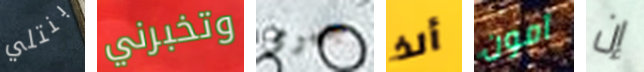
بنتلي وتخبرني جيرمى ألذ آمون إن